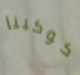
كوكبنا